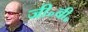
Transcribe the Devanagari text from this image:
जी॰बी॰